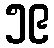
၅၉